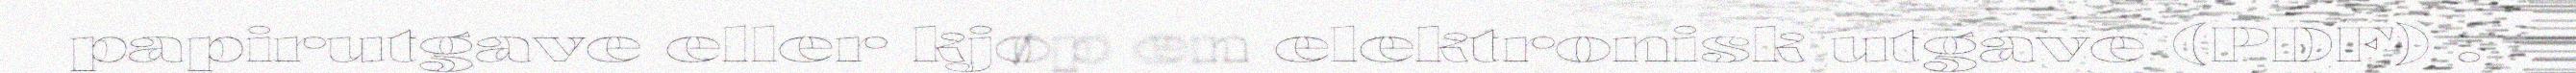
papirutgave eller kjøp en elektronisk utgave (PDF) .